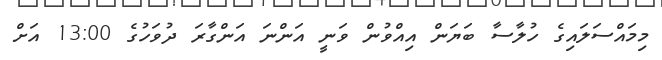
މިމައްސަލައިގެ ހުލާސާ ބަޔަން އިއްވުން ވަނީ އަންނަ އަންގާރަ ދުވަހުގެ 13:00 އަށް